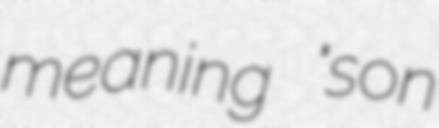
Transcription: meaning "son